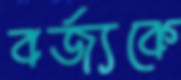
বর্জ্যকে